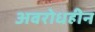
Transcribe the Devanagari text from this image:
अवरोधहीन